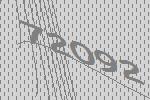
72092